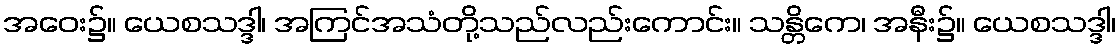
အဝေး၌။ ယေစသဒ္ဒါ၊ အကြင်အသံတို့သည်လည်းကောင်း။ သန္တိကေ၊ အနီး၌။ ယေစသဒ္ဒါ၊